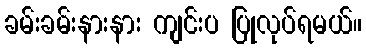
ခမ်းခမ်းနားနား ကျင်းပ ပြုလုပ်ရမယ်။